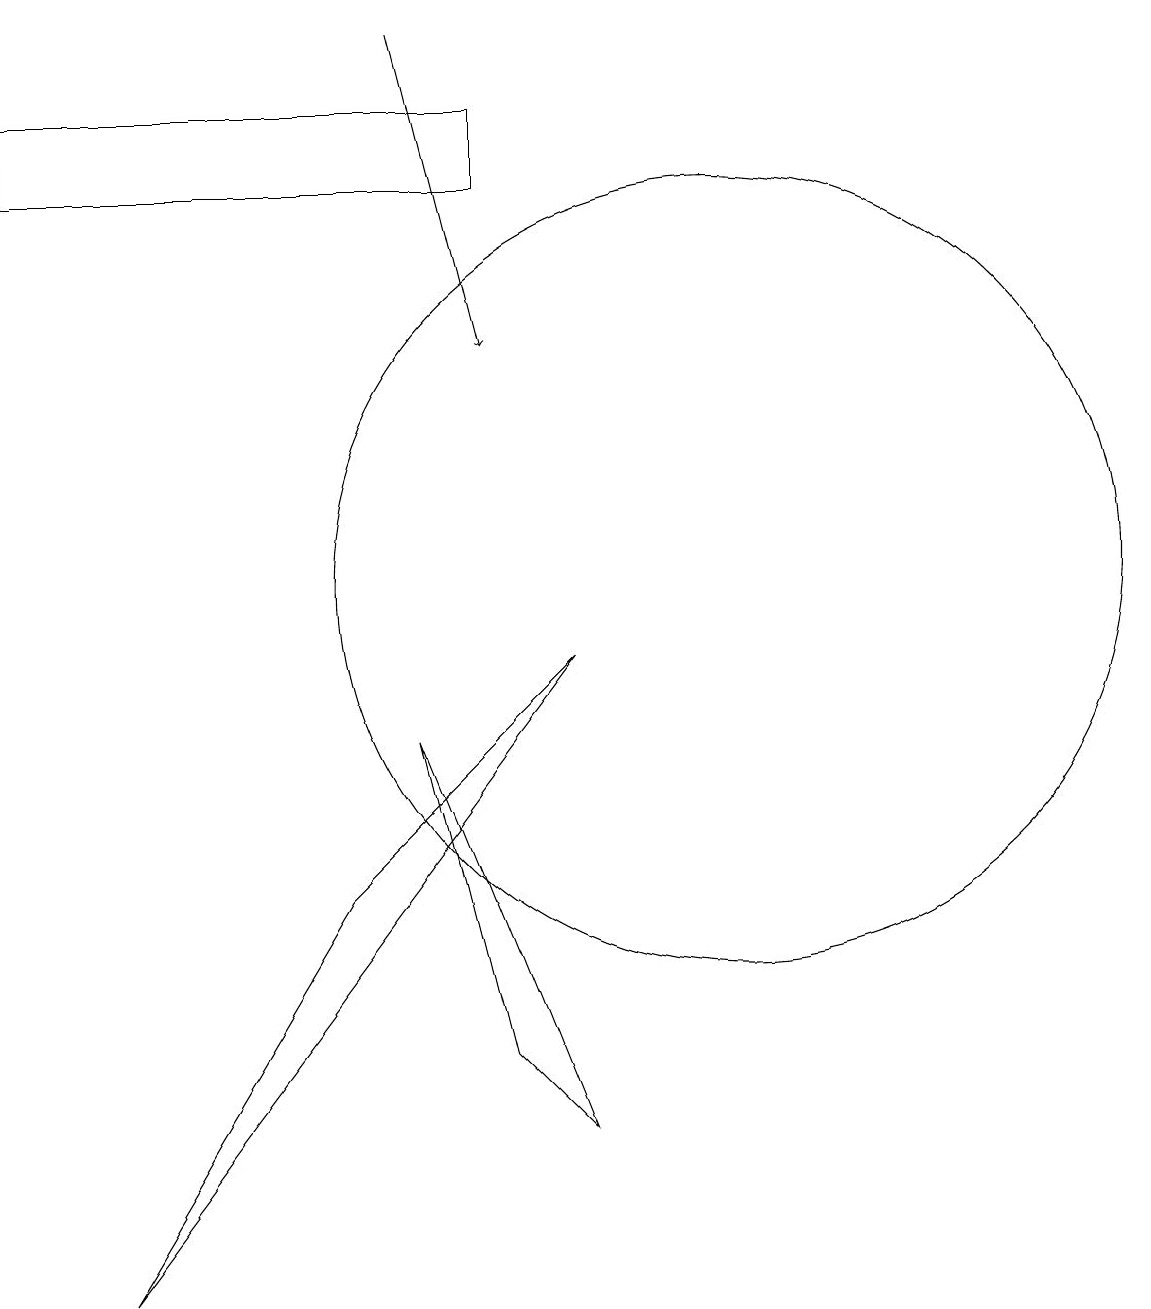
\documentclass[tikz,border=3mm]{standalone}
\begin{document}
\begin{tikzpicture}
\draw (8,9) -- (5,6) -- (2,1) -- cycle;
\draw[->] (6,17) -- (7,13);
\draw (7,15) rectangle (1,16);
\draw (10,10) circle (5);
\draw (6,8) -- (7,4) -- (8,3) -- cycle;
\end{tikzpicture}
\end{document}